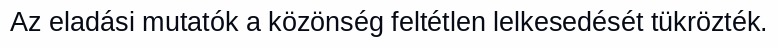
Az eladási mutatók a közönség feltétlen lelkesedését tükrözték.